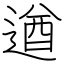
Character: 遒